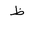
Letter: _za